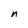
Character: n